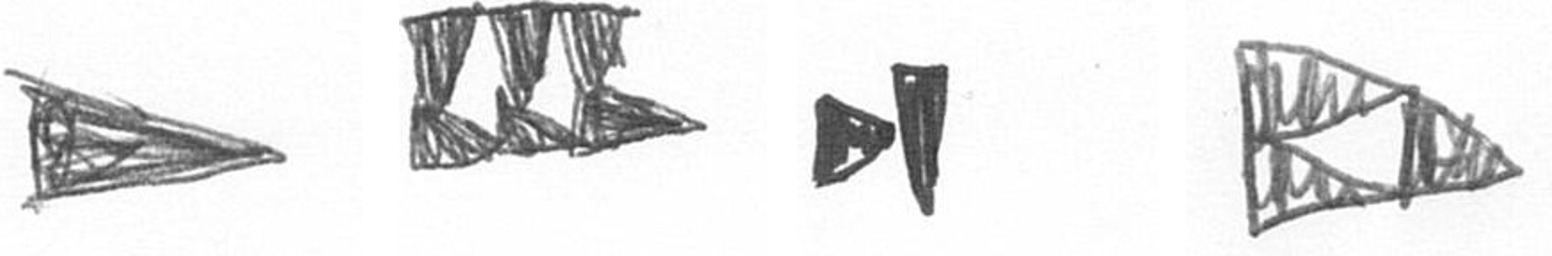
T D M K